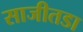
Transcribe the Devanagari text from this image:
साजीतडा